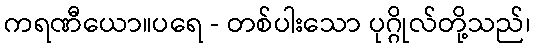
ကရဏီယော။ပရေ - တစ်ပါးသော ပုဂ္ဂိုလ်တို့သည်၊